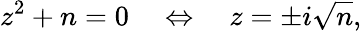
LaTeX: z^{2}+n=0\quad\Leftrightarrow\quad z=\pm i{\sqrt{n}},